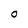
Character: O